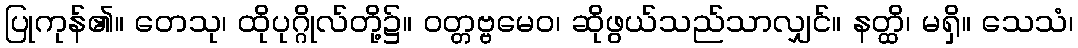
ပြုကုန်၏။ တေသု၊ ထိုပုဂ္ဂိုလ်တို့၌။ ဝတ္တဗ္ဗမေဝ၊ ဆိုဖွယ်သည်သာလျှင်။ နတ္ထိ၊ မရှိ။ သေသံ၊